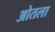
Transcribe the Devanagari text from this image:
ओतला